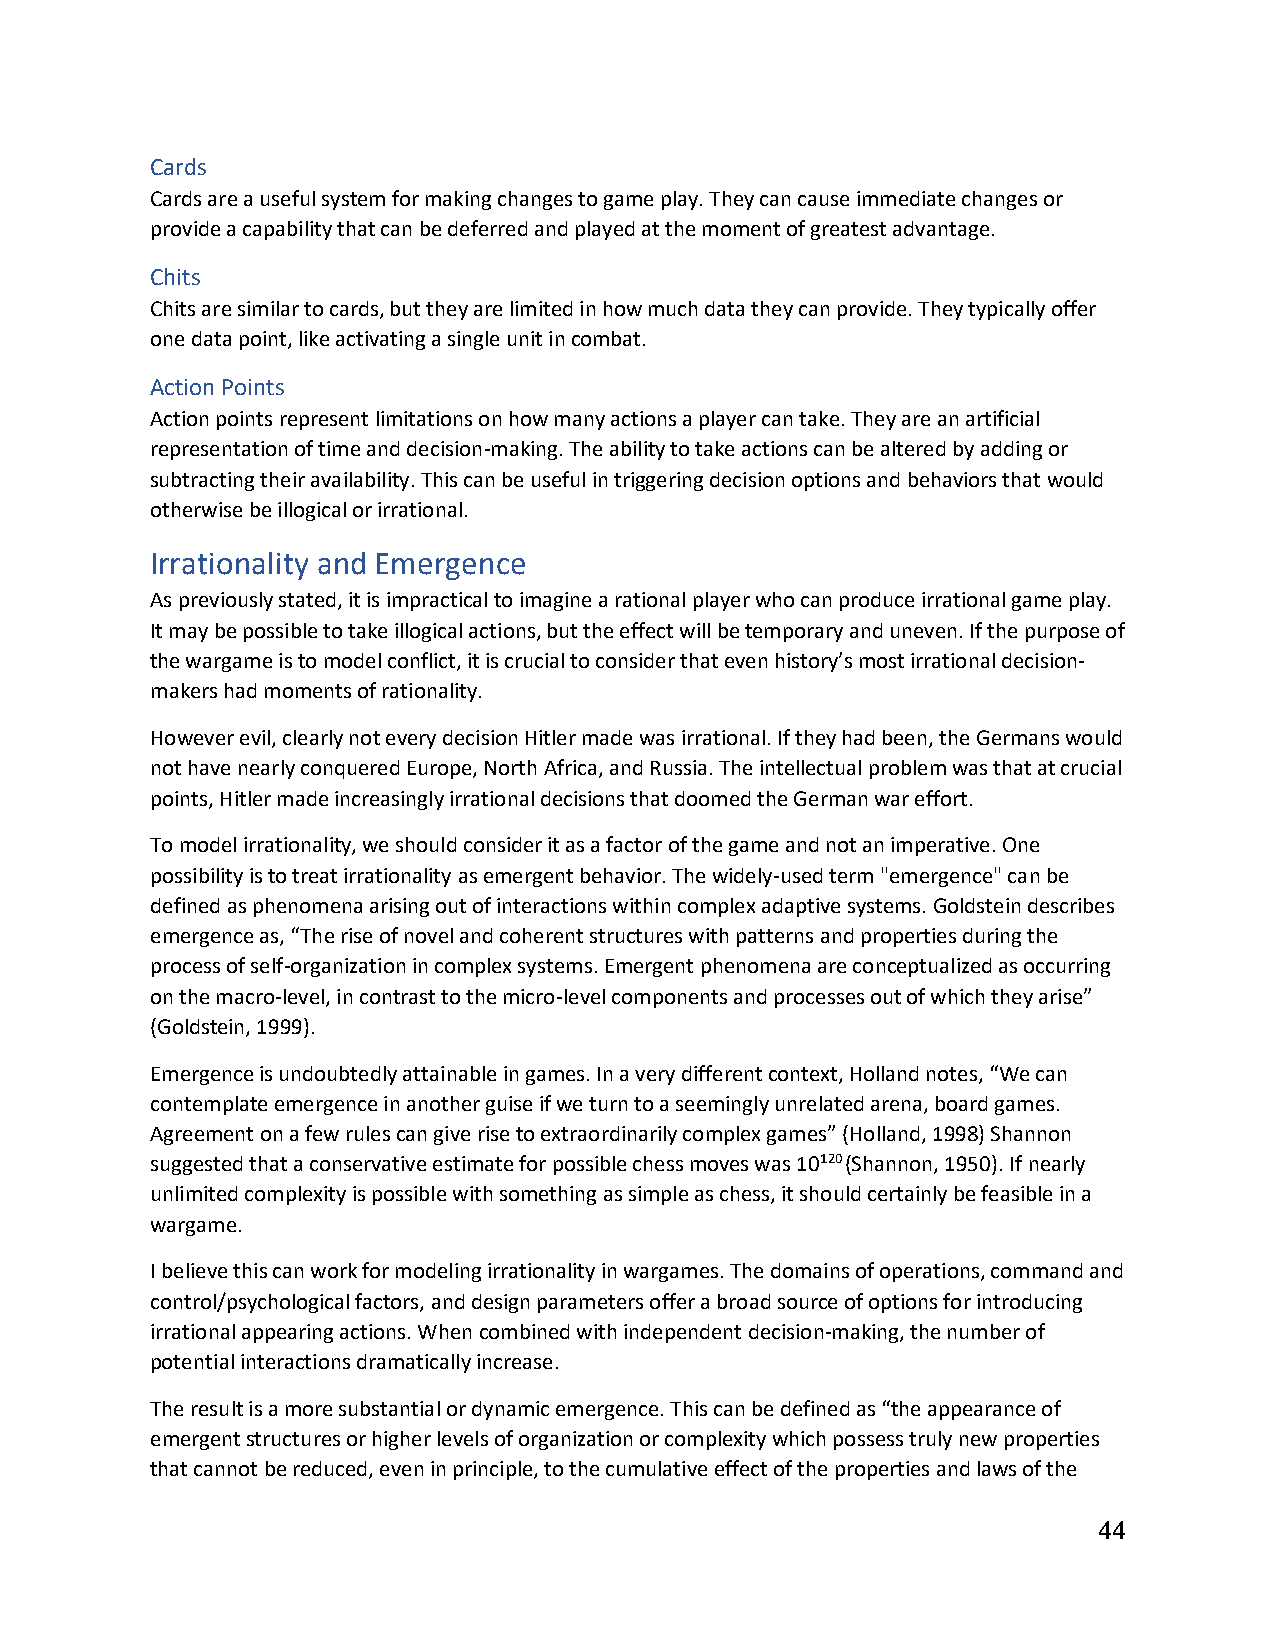
Cards
 Cards are a useful system for making changes to game play. They can cause immediate changes or
 provide a capability that can be deferred and played at the moment of greatest advantage.
 Chits
 Chits are similar to cards, but they are limited in how much data they can provide. They typically offer
 one data point, like activating a single unit in combat.
 Action Points
 Action points represent limitations on how many actions a player can take. They are an artificial
 representation of time and decision-making. The ability to take actions can be altered by adding or
 subtracting their availability. This can be useful in triggering decision options and behaviors that would
 otherwise be illogical or irrational.
 Irrationality and Emergence
 As previously stated, it is impractical to imagine a rational player who can produce irrational game play.
 It may be possible to take illogical actions, but the effect will be temporary and uneven. If the purpose of
 the wargame is to model conflict, it is crucial to consider that even history’s most irrational decision-
 makers had moments of rationality.
 However evil, clearly not every decision Hitler made was irrational. If they had been, the Germans would
 not have nearly conquered Europe, North Africa, and Russia. The intellectual problem was that at crucial
 points, Hitler made increasingly irrational decisions that doomed the German war effort.
 To model irrationality, we should consider it as a factor of the game and not an imperative. One
 possibility is to treat irrationality as emergent behavior. The widely-used term "emergence" can be
 defined as phenomena arising out of interactions within complex adaptive systems. Goldstein describes
 emergence as, “The rise of novel and coherent structures with patterns and properties during the
 process of self-organization in complex systems. Emergent phenomena are conceptualized as occurring
 on the macro-level, in contrast to the micro-level components and processes out of which they arise”
 (Goldstein, 1999).
 Emergence is undoubtedly attainable in games. In a very different context, Holland notes, “We can
 contemplate emergence in another guise if we turn to a seemingly unrelated arena, board games.
 Agreement on a few rules can give rise to extraordinarily complex games” (Holland, 1998) Shannon
 suggested that a conservative estimate for possible chess moves was 10120 (Shannon, 1950). If nearly
 unlimited complexity is possible with something as simple as chess, it should certainly be feasible in a
 wargame.
 I believe this can work for modeling irrationality in wargames. The domains of operations, command and
 control/psychological factors, and design parameters offer a broad source of options for introducing
 irrational appearing actions. When combined with independent decision-making, the number of
 potential interactions dramatically increase.
 The result is a more substantial or dynamic emergence. This can be defined as “the appearance of
 emergent structures or higher levels of organization or complexity which possess truly new properties
 that cannot be reduced, even in principle, to the cumulative effect of the properties and laws of the
 44